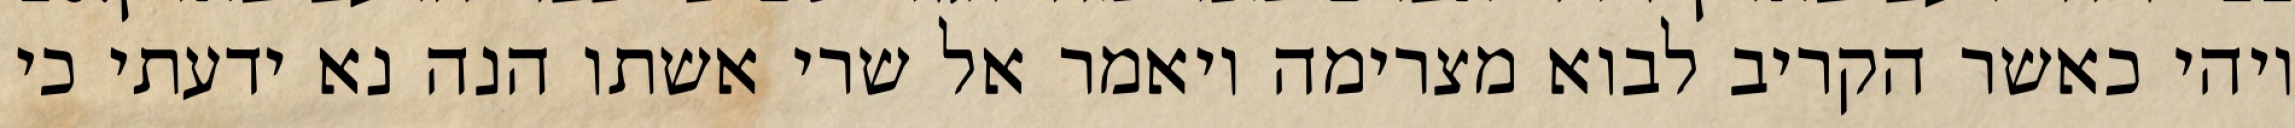
ויהי כאשר הקריב לבוא מצרימה ויאמר אל שרי אשתו הנה נא ידעתי כי